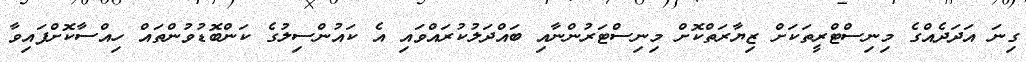
ގިނަ އަދަދެއްގެ މިނިސްޓްރީތަކަށް ޒިޔާރަތްކޮށް މިނިސްޓަރުންނާއި ބައްދަލުކުރައްވައި އެ ކައުންސިލުގެ ކަންބޮޑުވުންތައް ހިއްސާކޮށްފައިވާ